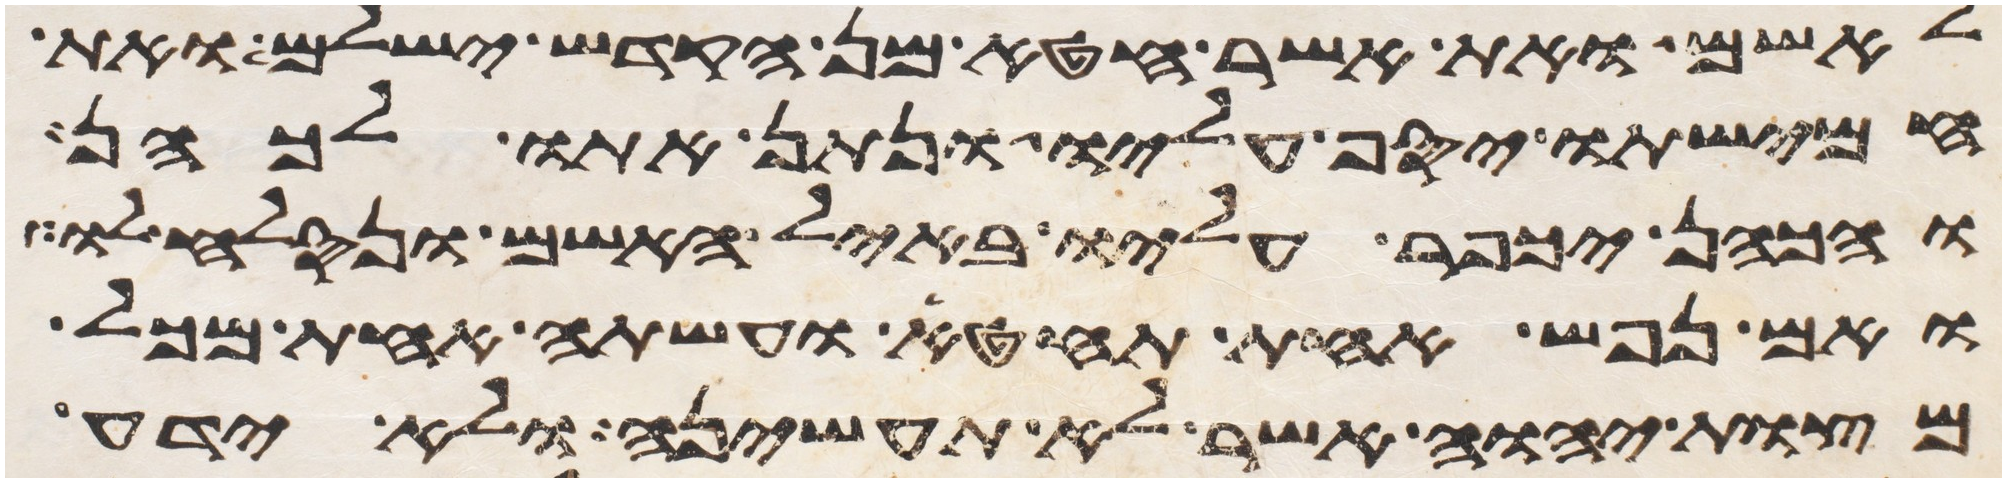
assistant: לאשם ואת אשר חטא מן הקדש ישלם ואת
חמישתו יסף עליו ונתן אתו לכהן
והכהן יכפר עליו באיל האשם ונסלח לו
ואם נפש אחת תחטא ועשתה אחת מכל
מצות יהוה אשר לא תעשיהן ולא ידע